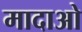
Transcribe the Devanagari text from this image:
मादाओ